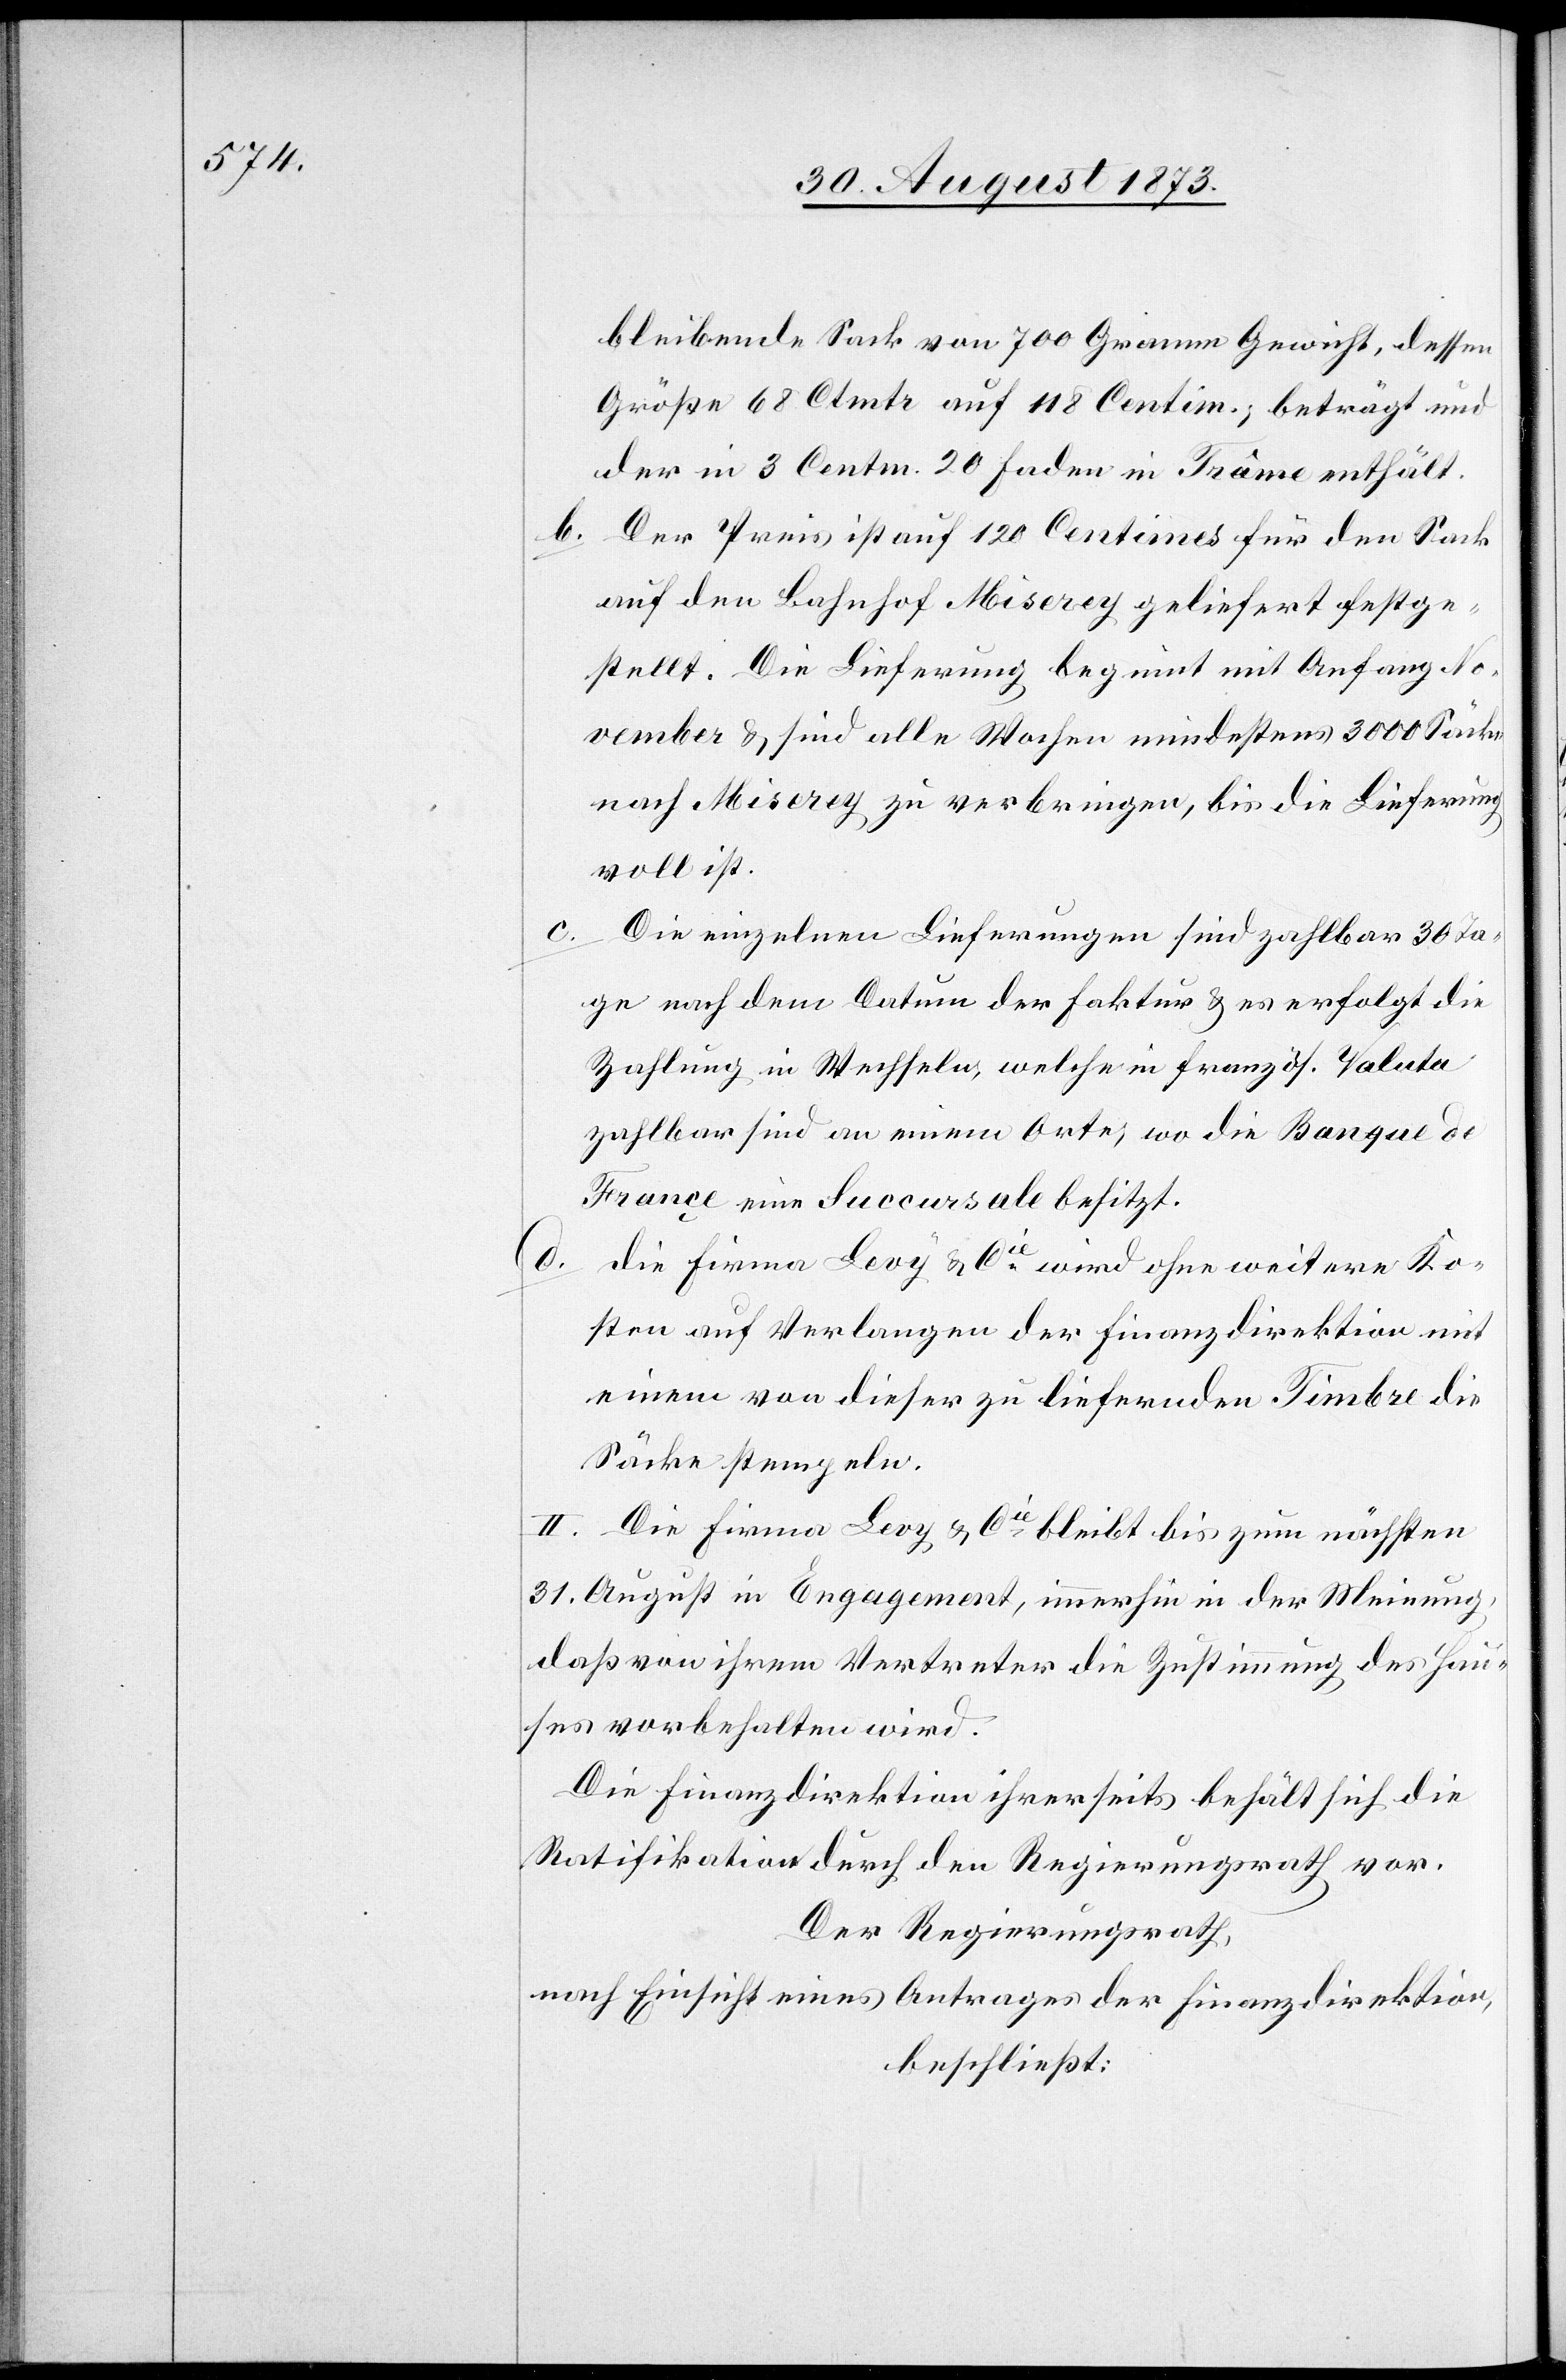
bleibende Sack von 700 Gramm Gewicht, dessen
Größe 68 Ctmtr auf 118 Centim., beträgt und
der in 3 Centm. 20 Faden in Trâme enthält.
b. Der Preis ist auf 120 Centimes für den Sack
auf den Bahnhof Miserey geliefert festge¬
stellt. Die Lieferung beginnt mit Anfang No¬
vember & sind alle Wochen mindestens 3 000 Säcke
nach Miserey zu verbringen, bis die Lieferung
voll ist.
Die einzelnen Lieferungen sind zahlbar 30 Ta¬
ge nach dem Datum der Faktur & es erfolgt die
Zahlung in Wechseln, welche in französ. Valuta
zahlbar sind an einem Orte, wo die Banque de
Françe eine Succursale besitzt.
die Firma Levy & Cie wird ohne weitere Ko¬
sten auf Verlangen der Finanzdirektion mit
einem von dieser zu liefernden Timbre die
Säcke stempeln.
II. Die Firma Levy & Cie bleibt bis zum nächsten
31. August in Engagement, immerhin in der Meinung,
daß von ihrem Vertreter die Zustimmung des Hau¬
ses vorbehalten wird.
Die Finanzdirektion ihrerseits behält sich die
Ratifikation durch den Regierungsrath vor.
Der Regierungsrath,
nach Einsicht eines Antrages der Finanzdirektion,
beschließt: